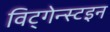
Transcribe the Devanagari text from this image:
विट्गेन्स्टइन